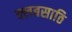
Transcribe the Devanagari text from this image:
क्लबसाठि